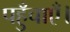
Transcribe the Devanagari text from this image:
पहुँचाएँ।